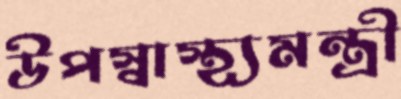
উপস্বাস্থ্যমন্ত্রী